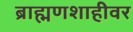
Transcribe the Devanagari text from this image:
ब्राह्मणशाहीवर